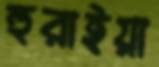
হুরাইয়া